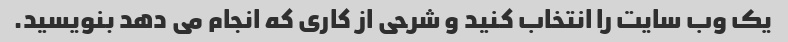
یک وب سایت را انتخاب کنید و شرحی از کاری که انجام می دهد بنویسید.